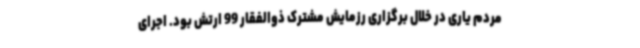
مردم یاری در خلال برگزاری رزمایش مشترک ذوالفقار 99 ارتش بود. اجرای